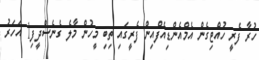
ހުރާ ފެރީ ހުއްޓިގެން އެމްއެންޑިއެފްއިން ފެރީގައި ތިބި މީހުން މާލެ ގެނެސްދީފި1 އަހަރު